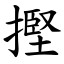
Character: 摼